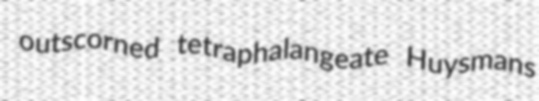
outscorned tetraphalangeate Huysmans